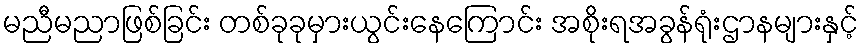
မညီမညာဖြစ်ခြင်း တစ်ခုခုမှားယွင်းနေကြောင်း အစိုးရအခွန်ရုံးဌာနများနှင့်